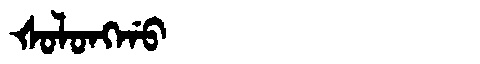
Manchu: ᡧᠣᠯᠣᠩᡤᠣ
Romanization: ŠOLONGGO